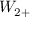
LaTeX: { \cal { W } } _ { 2 + }